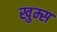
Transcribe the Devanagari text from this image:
खुम्स